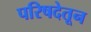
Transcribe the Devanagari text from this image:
परिषदेतून